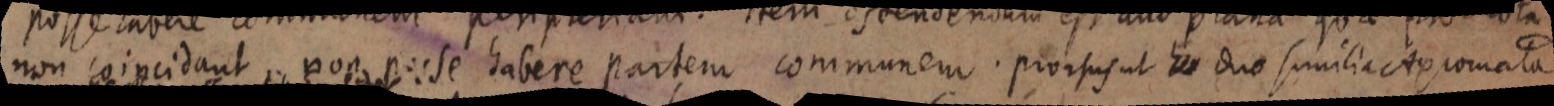
non coincidant non posse habere partem communem. prorsus ut _ duo familiate comata